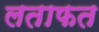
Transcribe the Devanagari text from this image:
लताफत